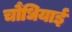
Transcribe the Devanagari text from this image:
चौंधियाई